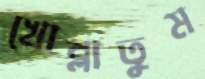
খোব্‌লাতুম